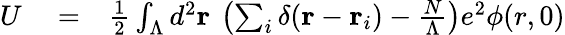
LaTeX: \begin{array}{rlr}{U}&{{}=}&{\frac{1}{2}\int_{\Lambda}d^{2}{\mathbf r}\: \left(\sum_{i}\delta({\mathbf r}-{\mathbf r}_{i})-\frac{N}{\Lambda}\right)e^{2}\phi(r,0)}\end{array}